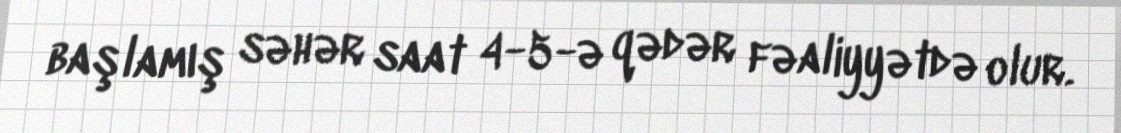
başlamış səhər saat 4-5-ə qədər fəaliyyətdə olur.